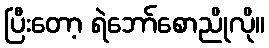
ပြီးတော့ ရဲဘော်စောညိုလို။